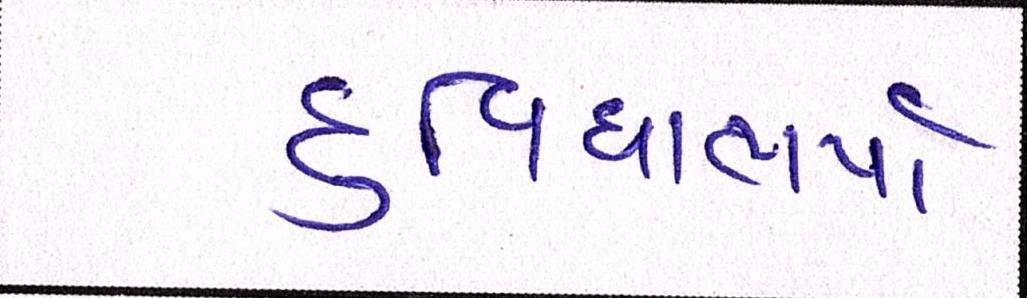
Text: દુવિધાભર્યા